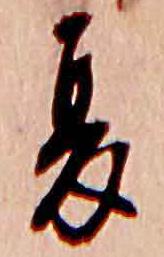
夏